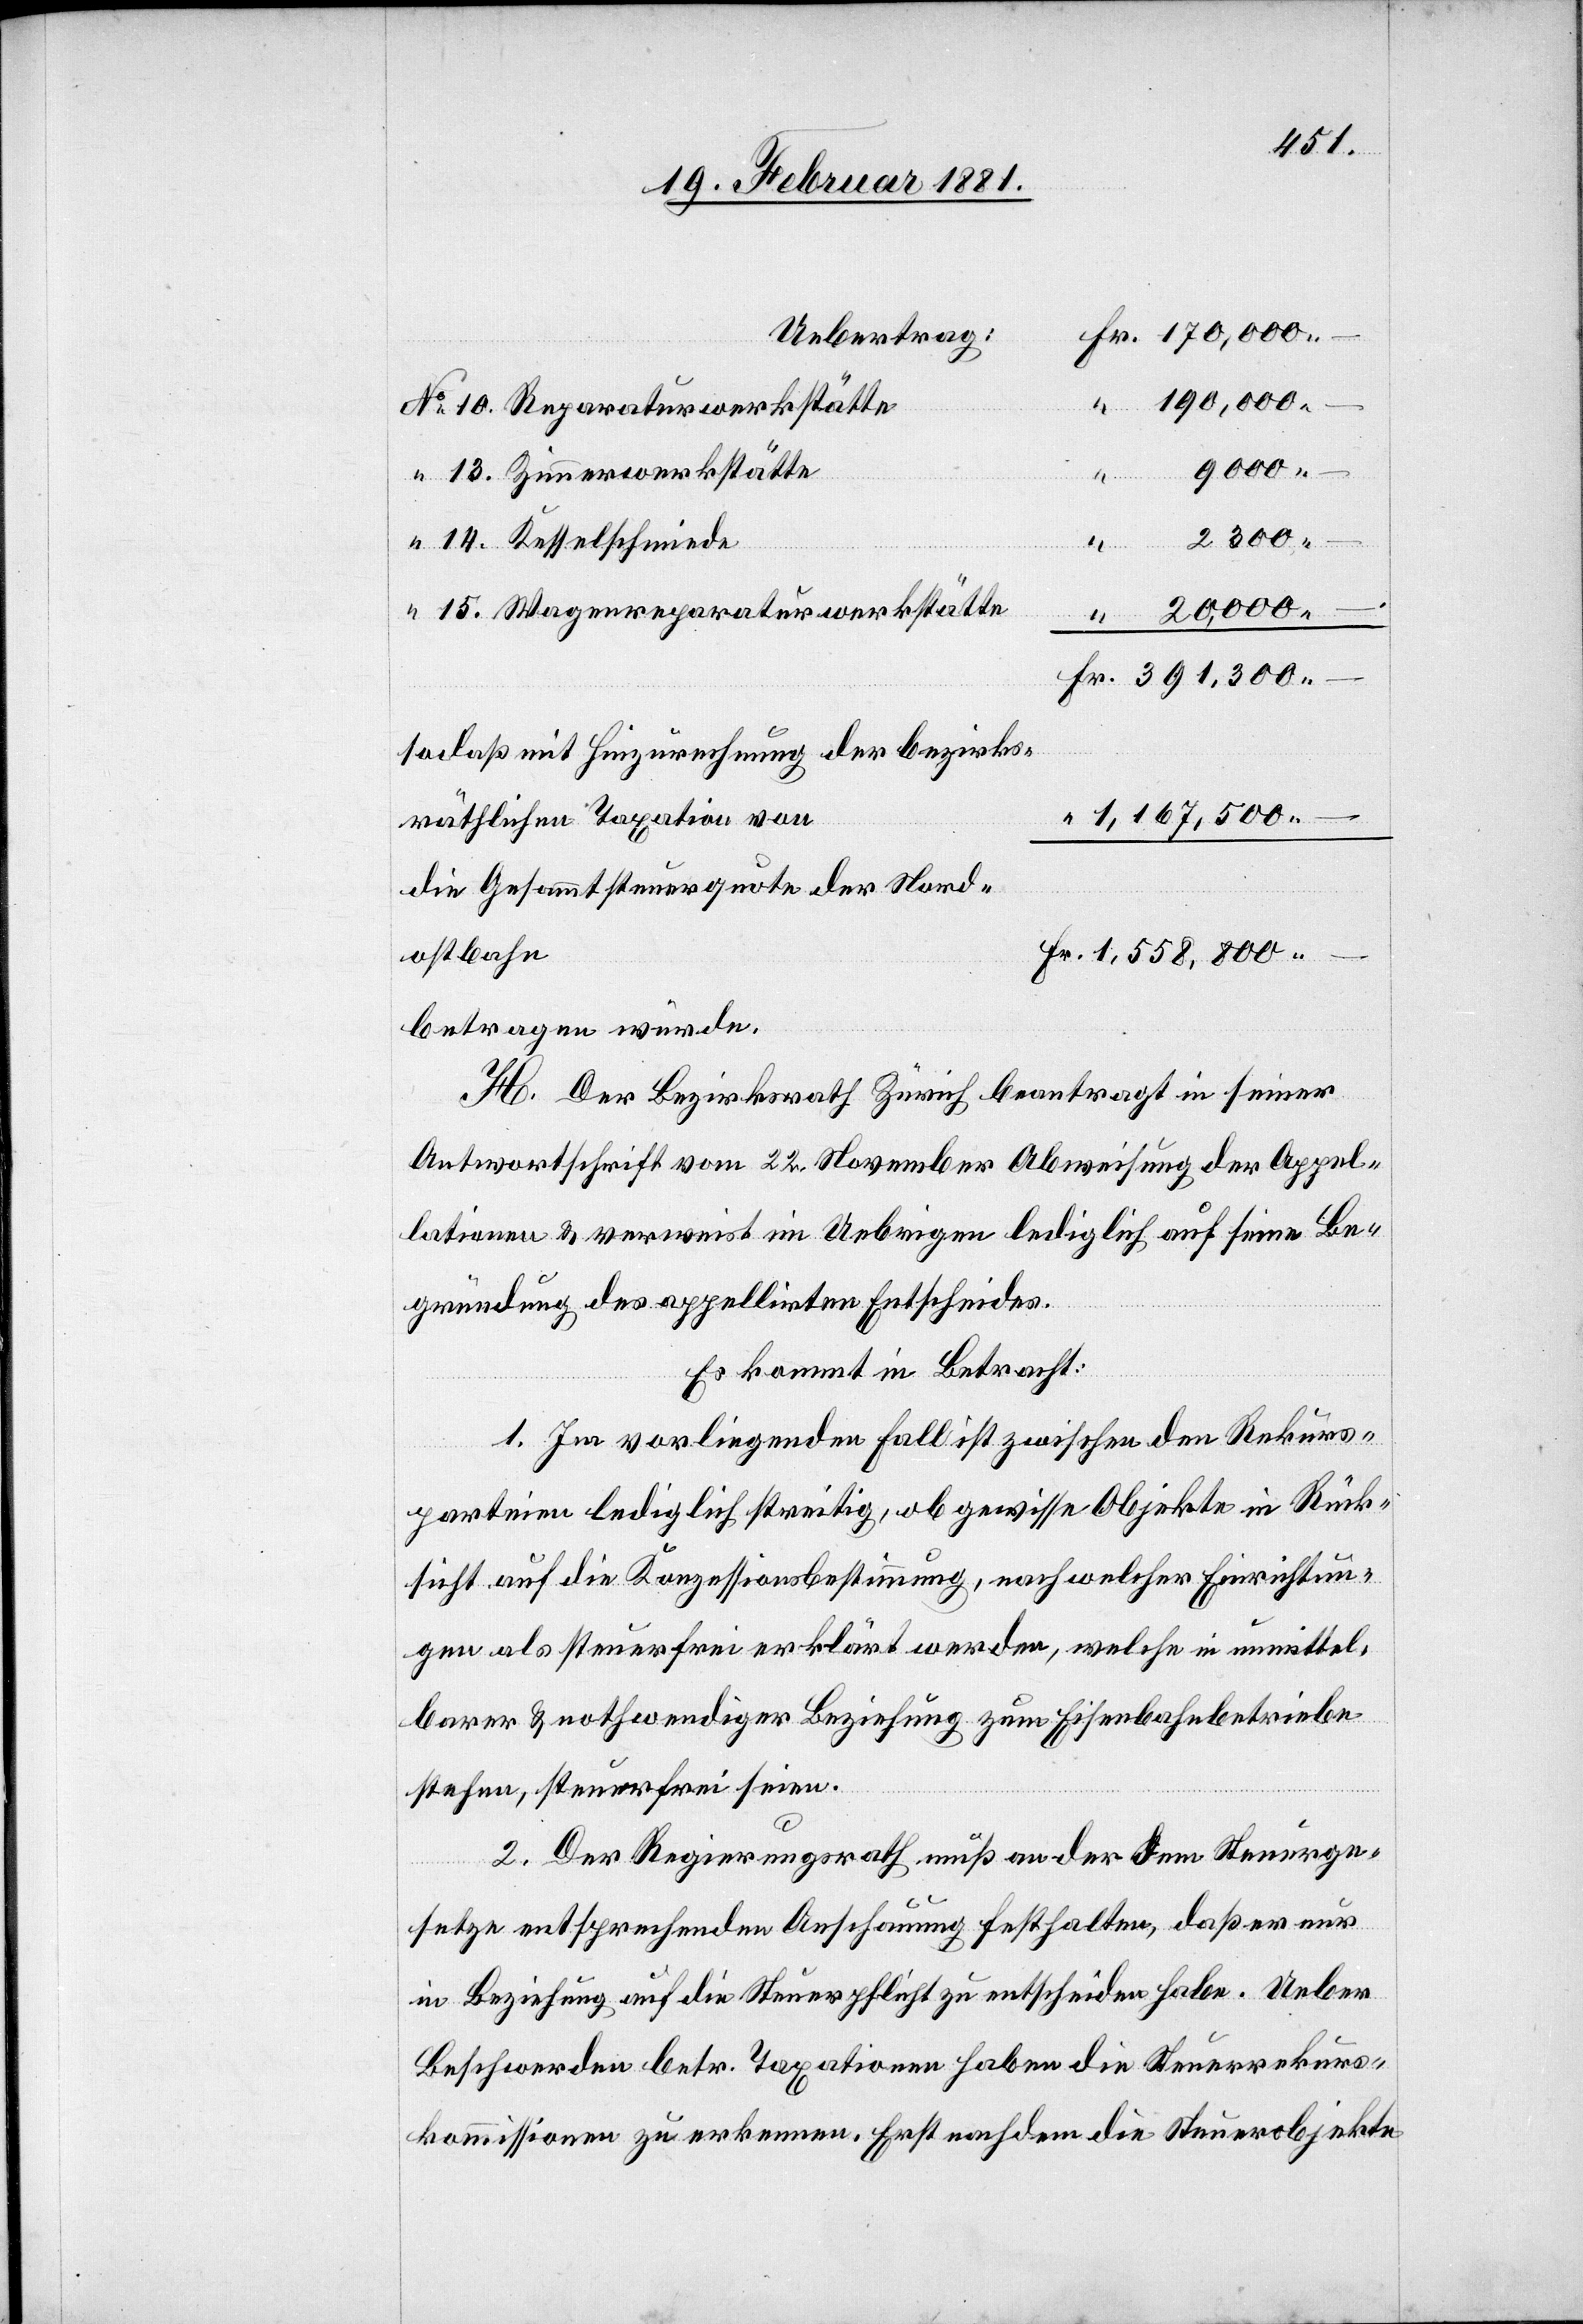
Uebertrag
9000 –.
10.
Wagenreparaturwerkstätte
391,300 –.
14.
“
so daß mit Hinzurechnung der bezirks¬
räthlichen Taxation von
1,167,500 –.
die Gesammtsteuerquote der Nord¬
ostbahn
1,558,800 –.
betragen würde.
H. Der Bezirksrath Zürich beantragt in seiner
Antwortschrift vom 22. November Abweisung der Appel¬
lationen & verweist im Uebrigen lediglich auf seine Be¬
gründung des appellirten Entscheides.
Es kommt in Betracht:
1. Im vorliegenden Fall ist zwischen den Rekurs¬
parteien lediglich streitig, ob gewisse Objekte in Rück¬
sicht auf die Konzessionsbestimmung, nach welcher in unmittel¬
barer & nothwendiger Beziehung zum Eisenbahnbetreibe
stehen, steuerfrei seien.
2. Der Regierungsrath muß an der dem Steuerge¬
Fr.
setze entsprechenden Anschauung festhalten, daß er nur
in Beziehung auf die Steuerpflicht zu entscheiden habe. Ueber
Beschwerden betr. Taxationen haben die Steuerrekurs¬
kommissionen zu erkennen. Erst nachdem die Steuerobjekte